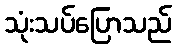
သုံးသပ်ပြောသည်